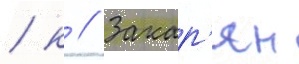
/ к // Закар'ян